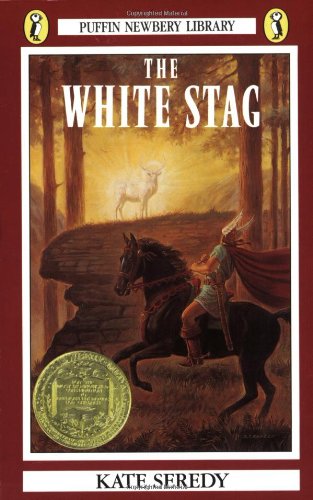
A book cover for The White Stag (Newbery Library, Puffin); Kate Seredy; Children's Books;